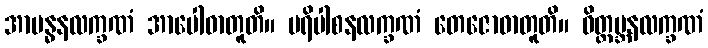
အာဗန္ဓနလက္ခဏံ အာပေါဓာတူတိ။ ပရိပါစနလက္ခဏံ တေဇောဓာတူတိ။ ဝိတ္ထမ္ဘနလက္ခဏံ